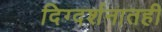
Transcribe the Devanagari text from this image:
दिग्दर्शनातही